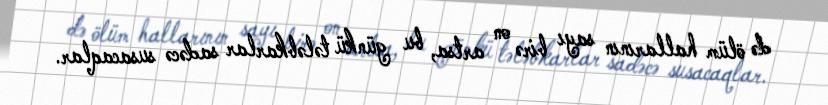
də ölüm hallarının sayı birə on artsa, bu günkü tələbkarlar sadəcə susacaqlar.